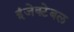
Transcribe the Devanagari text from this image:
इंजेक्टेबल